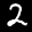
Label: 2